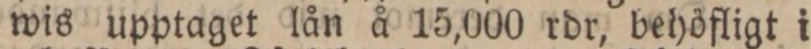
wis upptaget lån å 15,000 rdr, behöfligt i